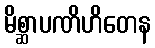
မိစ္ဆာပဏိဟိတေန